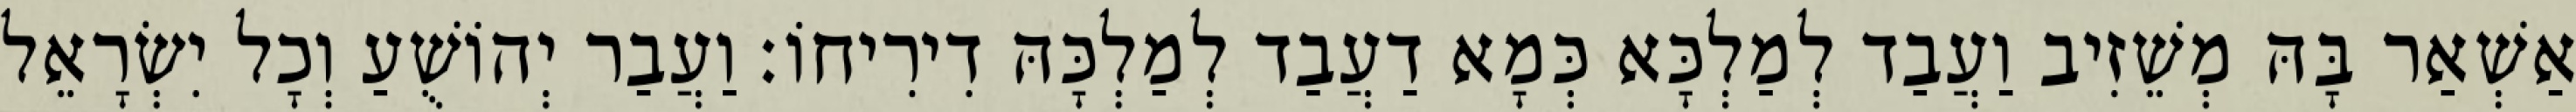
אַשְׁאַר בָּהּ מְשֵׁזִיב וַעֲבַד לְמַלְכָּא כְּמָא דַעֲבַד לְמַלְכָּהּ דִירִיחוֹ׃ וַעֲבַר יְהוֹשֻׁעַ וְכָל יִשְׂרָאֵל